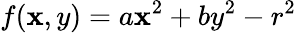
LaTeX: f(\mathbf{x},y)=a\mathbf{x}^{2}+by^{2}-r^{2}